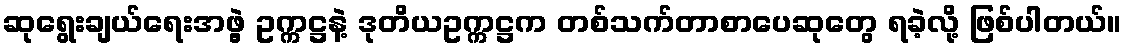
ဆုရွေးချယ်ရေးအဖွဲ့ ဥက္ကဋ္ဌနဲ့ ဒုတိယဥက္ကဋ္ဌက တစ်သက်တာစာပေဆုတွေ ရခဲ့လို့ ဖြစ်ပါတယ်။